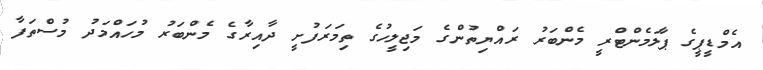
އެމްޑީޕީގެ ޕާލަމެންޓްރީ މެންބަރު ރައްޔިތުންގެ މަޖިލީހުގެ ތިމަރަފުށީ ދާއިރާގެ މެންބަރު މުހައްމަދު މުސްތަފާ